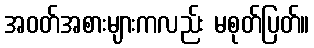
အဝတ်အစားများကလည်း မစုတ်ပြတ်။